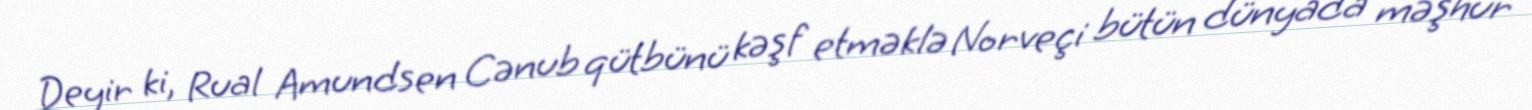
Deyir ki, Rual Amundsen Cənub qütbünü kəşf etməklə Norveçi bütün dünyada məşhur